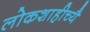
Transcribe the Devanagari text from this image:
लोकशाहीच्यै